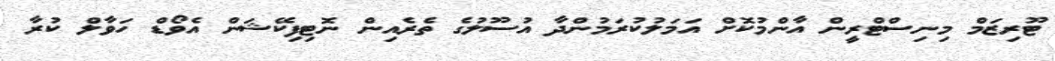
ޓޫރިޒަމް މިނިސްޓްރީން އާންމުކޮށް އަމަލުކުރަމުންދާ އުސޫލުގެ ތެރެއިން ނޮޓިފިކޭޝަން އެވޯޑް ހަވާލް ކުރާ